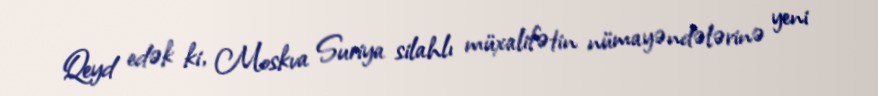
Qeyd edək ki, Moskva Suriya silahlı müxalifətin nümayəndələrinə yeni